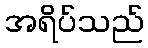
အရိပ်သည်